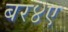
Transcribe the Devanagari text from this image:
बर४ए